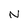
Character: N